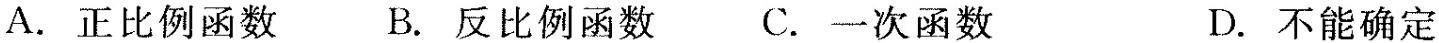
A.正比例函数 B.反比例函数 C.一次函数 D.不能确定